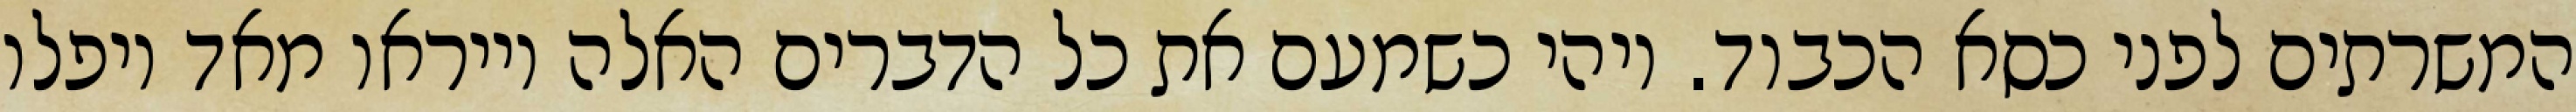
המשרתים לפני כסא הכבוד. ויהי כשמעם את כל הדברים האלה וייראו מאד ויפלו